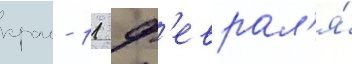
краи - 11 ф'еврал'я́